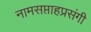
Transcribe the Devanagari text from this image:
नामसप्ताहप्रसंगी